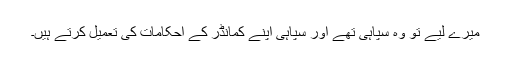
میرے لیے تو وہ سپاہی تھے اور سپاہی اپنے کمانڈر کے احکامات کی تعمیل کرتے ہیں۔